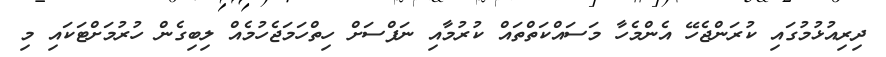
ދިރިއުޅުމުގައި ކުރަންޖެހޭ އެންމެހާ މަސައްކަތްތައް ކުރުމާއި ނަފްސަށް ހިތްހަމަޖެހުމެއް ލިބިގެން ހުރުމަށްޓަކައި މި